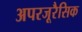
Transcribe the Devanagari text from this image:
अपरजूरैसिक